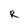
Character: R